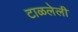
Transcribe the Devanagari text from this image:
टाळलेली